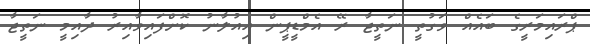
ޕްރައިމަރީގެ ބައެއް ވަގުތީ ނަތީޖާ ރޭ އެމްޑީޕީން އިއުލާނު ކޮށްފައިވާއިރު ދާއިމީ ނަތީޖާ